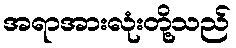
အရာအားလုံးတို့သည်